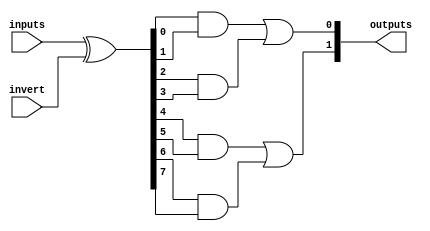
module HS_PAL #(
    parameter NUM_INPUTS = 8,         // Number of inputs
    parameter NUM_AND_TERMS = 4,      // Number of AND gates (product terms)
    parameter NUM_OUTPUTS = 2          // Number of outputs
)(
    input wire [NUM_INPUTS-1:0] inputs, // Input signals
    input wire [NUM_INPUTS-1:0] invert, // Inversion control for inputs
    output wire [NUM_OUTPUTS-1:0] outputs // Output signals
);

// Internal signals for AND terms
wire [NUM_AND_TERMS-1:0] and_terms [NUM_INPUTS-1:0];

// Generate AND terms based on input configurations
genvar i, j;
generate
    for (i = 0; i < NUM_AND_TERMS; i = i + 1) begin : and_gen
        wire [NUM_INPUTS-1:0] and_input;
        assign and_input = {inputs[NUM_INPUTS-1:0] ^ invert[NUM_INPUTS-1:0]}; // Apply inversion

        // Example: Connect specific inputs to AND gates
        // This can be modified based on programming needs
        assign and_terms[i] = (i == 0) ? (and_input[0] & and_input[1]) : // AND gate 0
                              (i == 1) ? (and_input[2] & and_input[3]) : // AND gate 1
                              (i == 2) ? (and_input[4] & and_input[5]) : // AND gate 2
                              (i == 3) ? (and_input[6] & and_input[7]) : 0; // AND gate 3
    end
endgenerate

// OR array to combine AND terms
assign outputs[0] = and_terms[0] | and_terms[1]; // Output 0
assign outputs[1] = and_terms[2] | and_terms[3]; // Output 1

endmodule